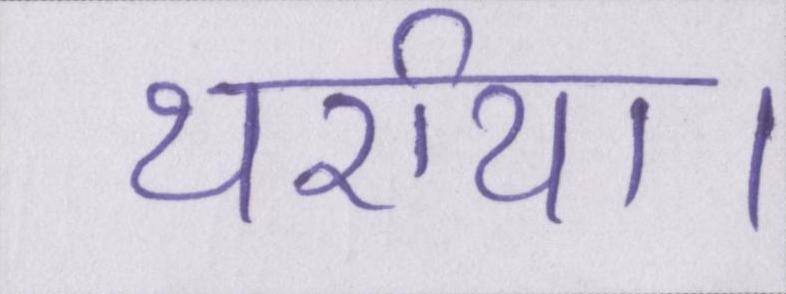
थर्राया।